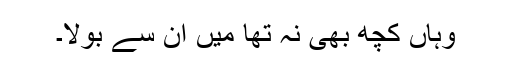
وہاں کچھ بھی نہ تھا میں ان سے بولا۔